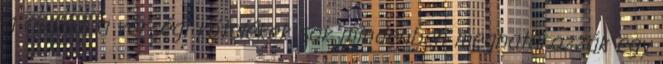
a család, a vérségi kötelékek sok mindenben meghatározzák egy